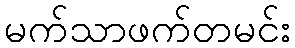
မက်သာဖက်တမင်း